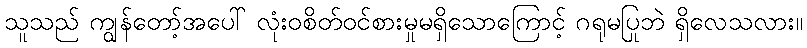
သူသည် ကျွန်တော့်အပေါ် လုံးဝစိတ်ဝင်စားမှုမရှိသောကြောင့် ဂရုမပြုဘဲ ရှိလေသလား။